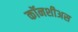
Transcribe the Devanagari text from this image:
कॉनशीअस